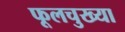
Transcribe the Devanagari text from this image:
फूलचुख्या